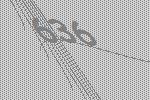
636